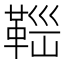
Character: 𩊼